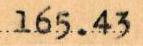
165.43